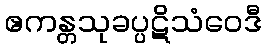
ဧကန္တသုခပ္ပဋိသံဝေဒီ